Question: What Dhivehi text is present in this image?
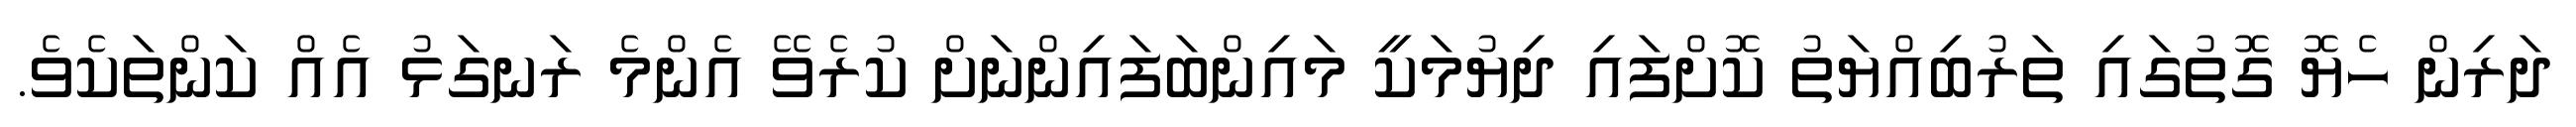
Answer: ދަރިން ހެޔޮ ގޮތުގައި ތަރުބިއްޔަތު ކޮށްފައި ދިޔުމަކީ މައިންބަފައިންނަށް ކުރެވޭ އެންމެ ރަނގަޅު އެއް ކަންތަކެވެ.